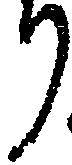
り